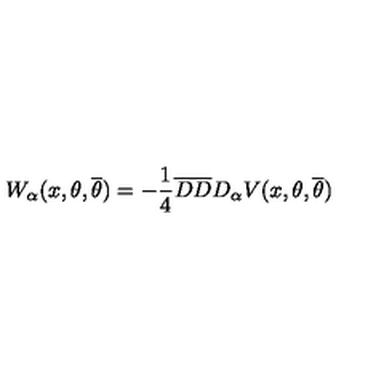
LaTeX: W _ { \alpha } ( x , \theta , { \overline { \theta } } ) = - \frac { 1 } { 4 } { \overline { D } } { \overline { D } } D _ { \alpha } V ( x , \theta , { \overline { \theta } } )